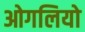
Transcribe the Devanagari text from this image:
ओगलियो